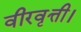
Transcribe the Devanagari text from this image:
वीरवृत्ती।